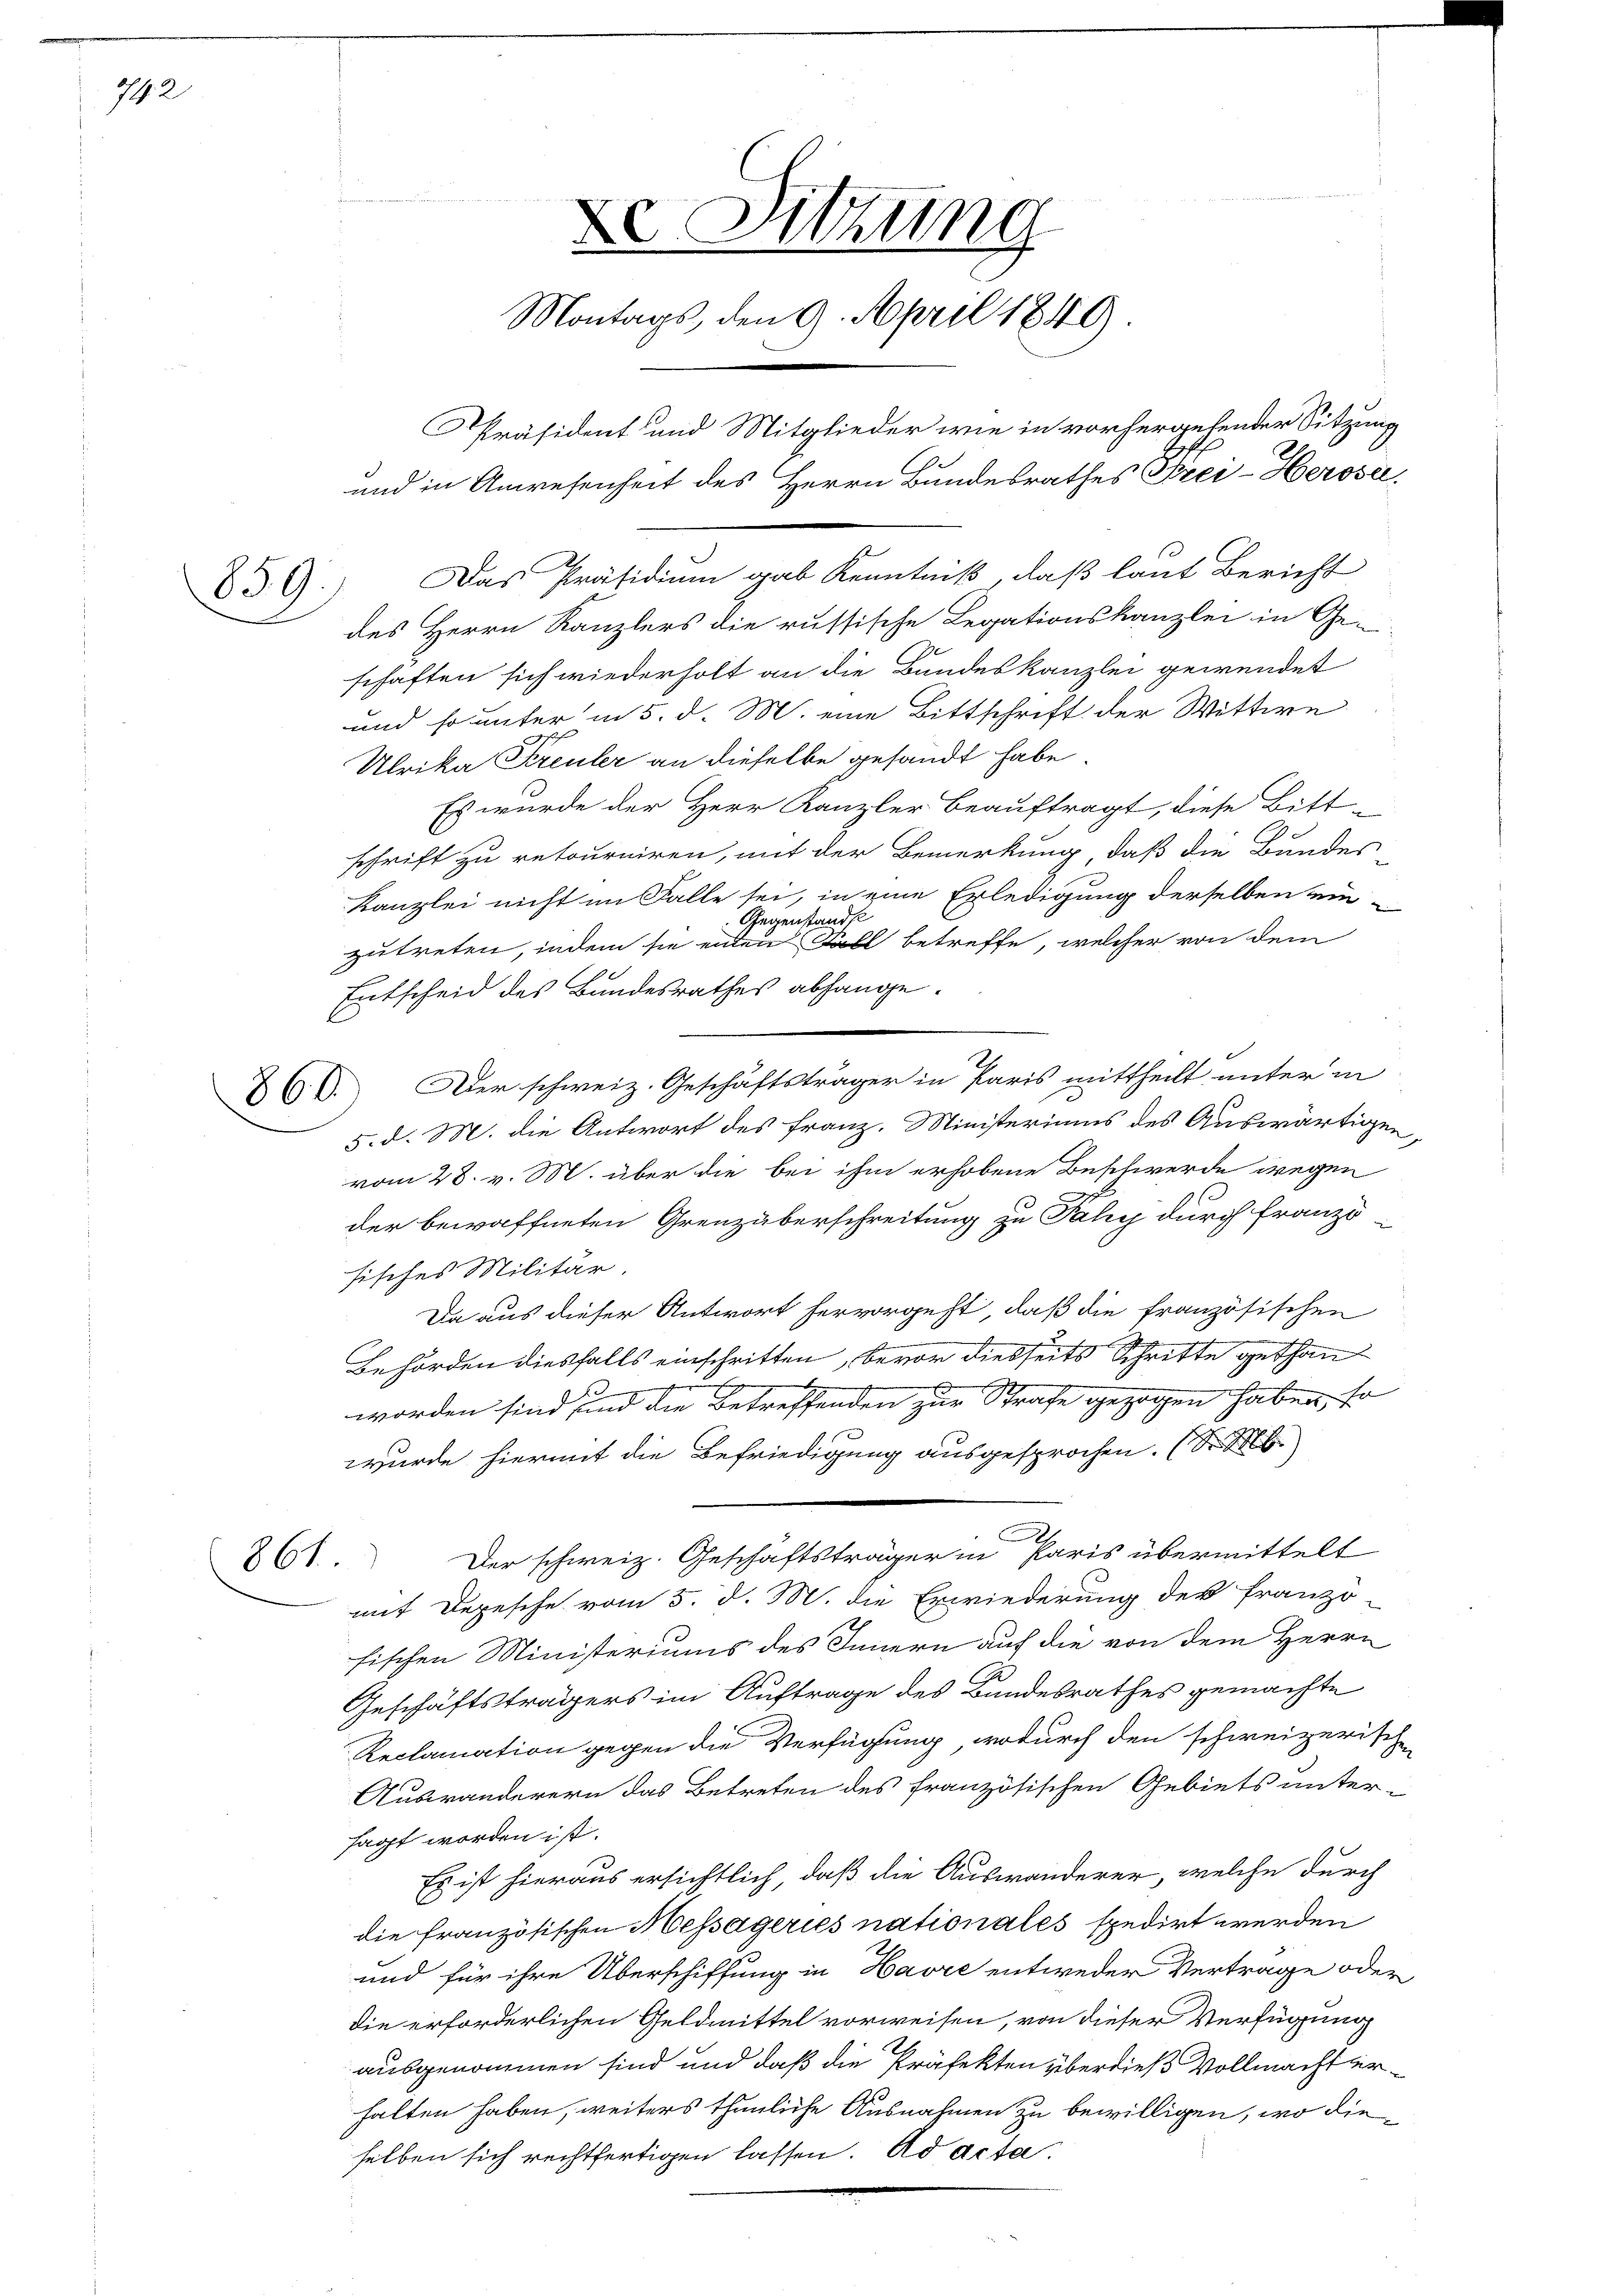
742

859.)

Das Präsidium gab Kenntniß, daß laut Bericht
des Herrn Kanzlers die russische Legationskanzlei in Ge-
schaften sich wiederholt an die Bundeskanzlei gewendet
und so unter in 5. d. M. eine Bittschrift der Wittwe
Ubrika Preuler an dieselbe gesandt habe.
Es wurde der Herr Kanzler beauftragt, diese Bitt-
schrift zu retourniren, mit der Bemerkung, daß die Bundes
Kanzlei nicht im Falle sei, in eine Erledigung derselben ein¬
Gegenstandst
zutreten, indem sie enten Fall betreffe, welcher von dem
Entscheid des Bundesrathes abhange.
X. Der schweiz. Geschäftsträger in Paris mittheilt unter in
5. d. M. die Antwort des Franz. Ministeriums des Auswärtigen,
vom 28. v. M. über die bei ihm erhobene Beschwerde wegen
der bewaffneten Grenzüberschreitung zu Fähig durch Franzö
sisches Militär,
Da aus dieser Antwort hervorgeht, daß die französischen
Behörden diesfalls einschritten, bevor diesseits Schritte gethang
worden sind und die Betreffenden zur Strafe gezogen haben, so
wurde hiermit die Befriedigung ausgesprochen. (S
A
861. Der schweiz. Geschäftsträger in Paris übermittelt
mit Depesche vom 5. d. M. die Erwiederung der franzö-
fischen Ministeriums des Innern auf die von dem Herrn
Geschäftsträgers im Auftrage des Bundesrathes gemachte
Reclamation gegen die Verfügung, wodurch den schweizerischen
Auswanderern das Betreten des französischen Gebiets untersagt worden ist.
Es ist hieraus ersichtlich, daß die Auswanderer, welche durch
die französischen Messägeries nationales spedirt werden
und für ihre Überschiffung in Havre entweder Vertrage oder
die erforderlichen Geldmittel vorweisen, von dieser Verfügung
ausgenommen sind und daß die Präfekten überdieß Vollmacht erhalten haben, weiters thunliche Ausnahmen zu bewilligen, wo dieselben sich rechtfertigen lassen. Ad acta.

De Sitzung
Montags, den 9. April 1849
Präsident und Mitglieder wie in vorhergehender Sitzung
und in Anwesenheit des Herrn Bundesrathes Frei-Heroser.